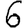
Digit: 6